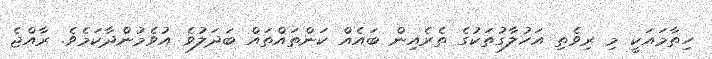
ހިތާމައަކީ މި ރިވެތި އަހުލާގުތަކުގެ ތެރެއިން ބައެއް ކަންތައްތައް ބަދަލުވެ އުވެމުންދާކަމެވެ. ރާއްޖެ